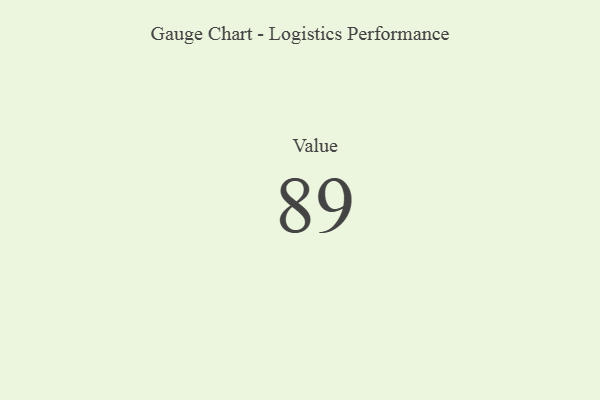
{"axis": {"x": "Metric", "y": "Value"}, "legend": [""], "data": [{"x": "Value", "y": 89, "type": ""}]}